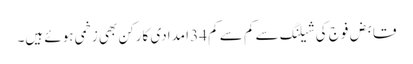
قابض فوج کی شیلنگ سے کم سے کم 34 امدادی کارکن بھی زخمی ہوئے ہیں۔